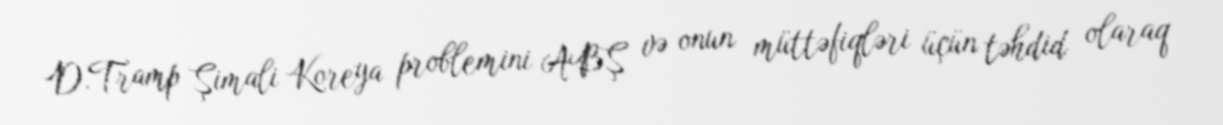
D.Tramp Şimali Koreya problemini ABŞ və onun müttəfiqləri üçün təhdid olaraq